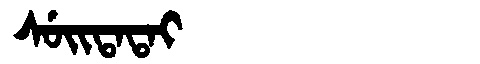
Manchu: ᠰᡠᡳᡨᠠᡨᠠᡳ
Romanization: SUITATAI